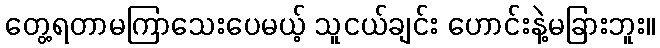
တွေ့ရတာမကြာသေးပေမယ့် သူငယ်ချင်း ဟောင်းနဲ့မခြားဘူး။